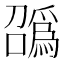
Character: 𫬑